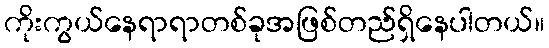
ကိုးကွယ်နေရာရာတစ်ခုအဖြစ်တည်ရှိနေပါတယ်။